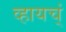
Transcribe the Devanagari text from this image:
व्हायच्ं